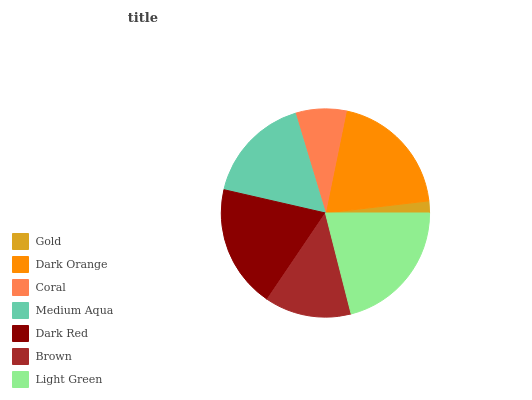
| Gold | Dark Orange | Coral | Medium Aqua | Dark Red | Brown | Light Green |
 | --- | --- | --- | --- | --- | --- | --- |
 | 1.86% | 19.9% | 7.89% | 16.7% | 19.1% | 13.4% | 21% |